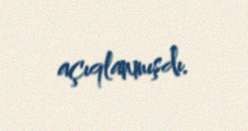
açıqlanmışdı.